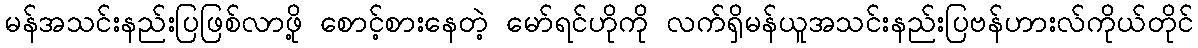
မန်အသင်းနည်းပြဖြစ်လာဖို့ စောင့်စားနေတဲ့ မော်ရင်ဟိုကို လက်ရှိမန်ယူအသင်းနည်းပြဗန်ဟားလ်ကိုယ်တိုင်